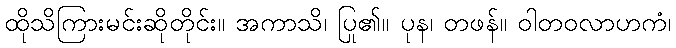
ထိုသိကြားမင်းဆိုတိုင်း။ အကာသိ၊ ပြု၏။ ပုန၊ တဖန်။ ဝါတဝလာဟကံ၊